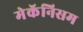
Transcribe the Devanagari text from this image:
मेकॅनिसम